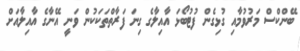
ބޭންކްސް މަރުވުމާއި ގުޅިގެން ފުޓުބޯޅަ އާއިލާގެ ގިނަ ފަރާތްތަކަކުން ވަނީ އޭނާގެ އާއިލާއަށް